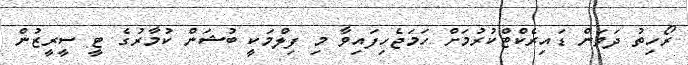
ރޯހިތު ދަވަން ޑައިރެކްޓްކުރުމަށް ހަމަޖެހިފައިވާ މި ފިލްމަކީ ބުޝަން ކުމާރުގެ ޓީ ސީރީޒުން